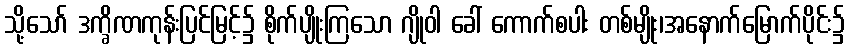
သို့သော် ဒက္ခိဏကုန်းပြင်မြင့်၌ စိုက်ပျိုးကြသော ဂျိုဝါ ခေါ် ကောက်စပါး တစ်မျိုး၊အနောက်မြောက်ပိုင်း၌